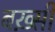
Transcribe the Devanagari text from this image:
बख़्सी